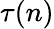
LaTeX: \tau(n)